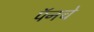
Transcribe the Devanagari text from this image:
पॅनचे